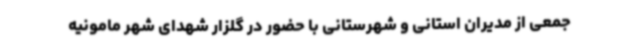
جمعی از مدیران استانی و شهرستانی با حضور در گلزار شهدای شهر مامونیه